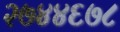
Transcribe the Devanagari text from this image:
२७४४६७८